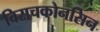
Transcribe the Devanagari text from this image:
विसचकोनसिन